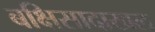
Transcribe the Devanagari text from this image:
बक्षिसादाखल